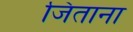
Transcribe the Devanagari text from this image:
जिताना